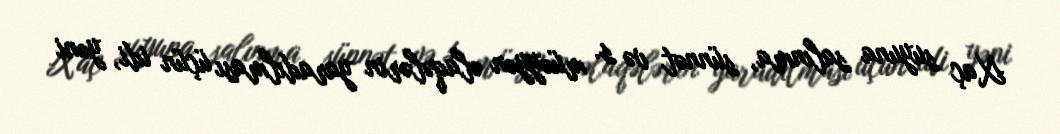
Xaç suyuna salınma, sünnət və s. müəyyən əlaqələrin yaradılması üçün idi, yəni